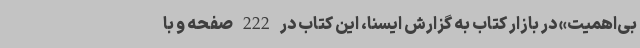
بی‌اهمیت» در بازار کتاب به گزارش ایسنا، این کتاب در 222 صفحه و با